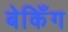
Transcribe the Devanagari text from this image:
बेकिँग